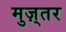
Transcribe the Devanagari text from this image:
मुज़्तर